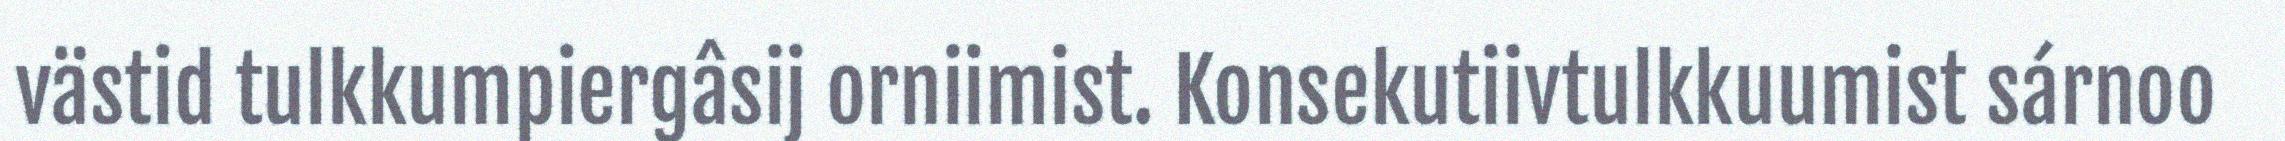
västid tulkkumpiergâsij orniimist. Konsekutiivtulkkuumist sárnoo